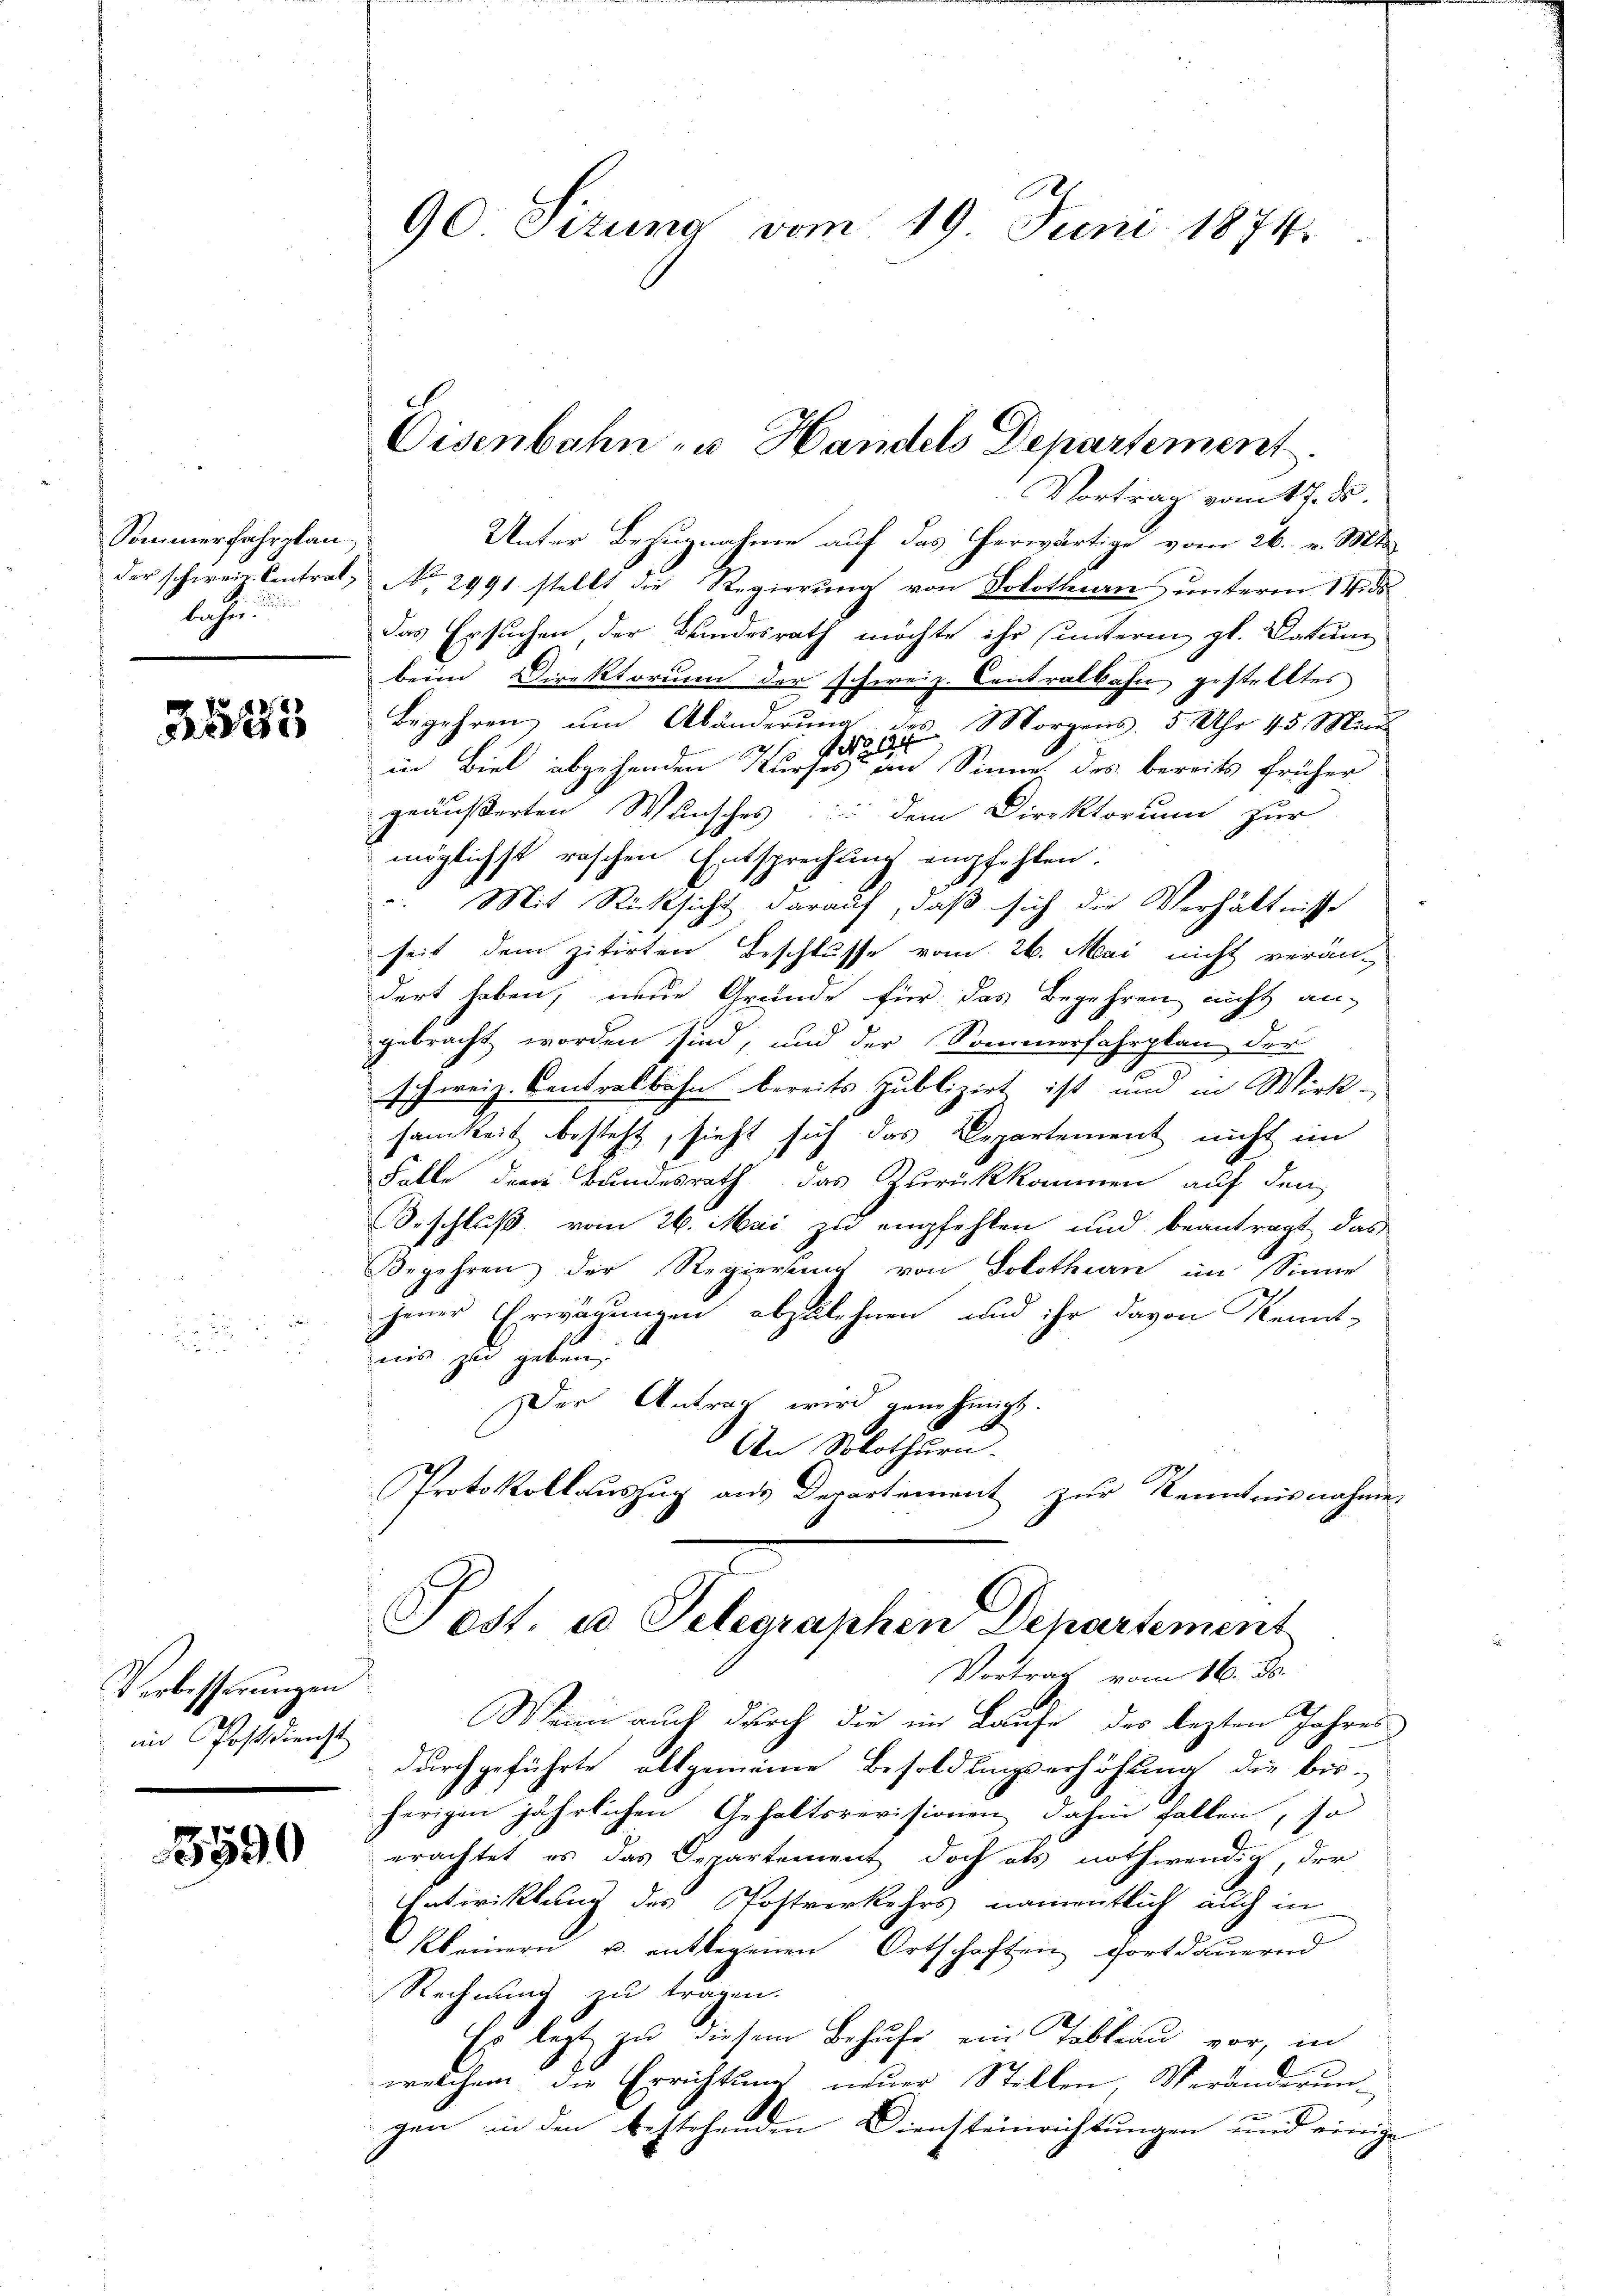
Sommerfahrplan,
lichen.

3523

Vortrag vom 17. ds.
Unter Bezugnahme auf das herwärtige vom 26. v. Mts.
der schweiz. Contral No 2991 stellt die Regierung von Solothurn unterm 14. ds
das Ersuchen der Bundesrath möchte ihr unterm gl. Datum
beim Direktorium der schweiz. Centralbahn, gestelltes
Begehren um Abänderung des Morgens 5 Uhr 45 Mand
 No. 184
1
in Biel abgehenden Kurses im Sinne des bereits früher
geäußerten Wunsches in dem Direktorium zur
möglichst raschen Entsprechung empfehlen.
Mit Rücksicht darauf, daß sich die Verhältnisse
seit dem zitirten Beschlusse vom 26. Mai nicht verän-
dert haben, neue Grunde für das Begehren nicht an-
gebracht worden sind, und der Sommerfahrplan der
schweiz. Contralbahn bereits publizirt ist und in Wirk-
samkeit besteht, sieht sich das Departement nicht im
Falle der Bundesrath das Zurückkommen auf den
Beschluß vom 26. Mai zu empfehlen und beantragt das
Begehren der Regierung von Solothurn im Sinne
jener Erwägungen abzulehnen, und ihr davon Kennt-
unis zu geben
Der Antrag wird genehmigt.
An Solothurn.
Protokollauszug aus Derartement zur Kenntnisnahmen
Post. a Telegraphen Departement
Vortrag vom 16. Js.
Wenn auch durch die im Laufe der lezten Jahres
durchgeführte allgemeine Besoldungserhöhung die bis-
herigen jährlichen Gehaltsrevisionen dahin fallen, so
erachtet, es das Departement doch als nothwendig, der
Vatiriklung des Postverkehrs namentlich auch in
Kleinern u. entlegenen Ortschaften fortdauernd
Rechnung zu tragen.
Es legt zu diesem Behufe ein Tobleau vor, in
welchem die Errichtung neuer Stellen, Veränderung
gen in den bestehenden Diensteinrichtungen und einige

Verbesserungen
im Postdienst

3590

90 Sizung vom 19. Juni 1874.

Eisenbahn - u. Handels Departement.